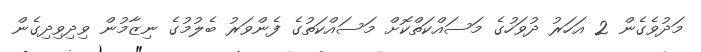
މަދުވެގެން 2 އަހަރު ދުވަހުގެ މަސައްކަތްކޮށް މަސައްކަތުގެ ފެންވަރު ބެލުމުގެ ނިޒާމުން ވިދިވިދިގެން